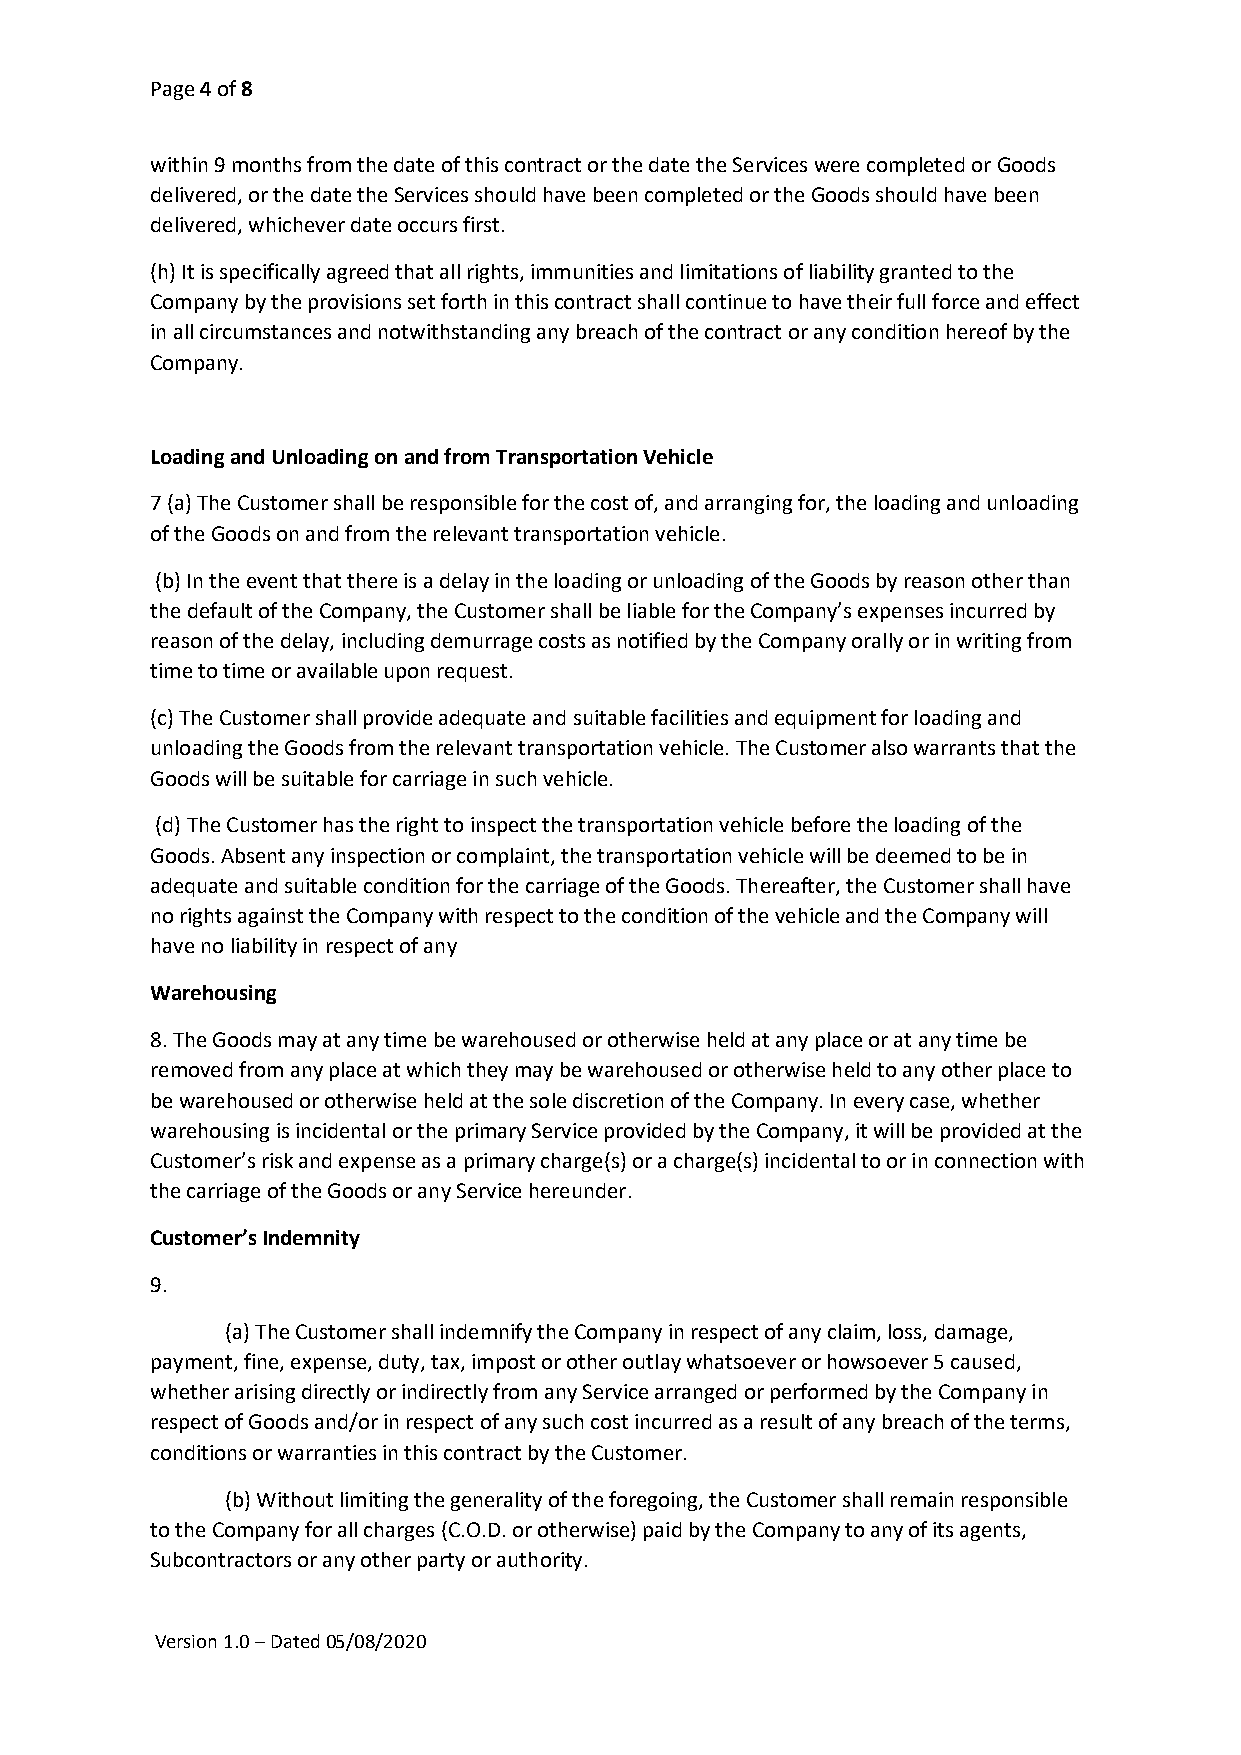
Page 4 of 8
 within 9 months from the date of this contract or the date the Services were completed or Goods
 delivered, or the date the Services should have been completed or the Goods should have been
 delivered, whichever date occurs first.
 (h) It is specifically agreed that all rights, immunities and limitations of liability granted to the
 Company by the provisions set forth in this contract shall continue to have their full force and effect
 in all circumstances and notwithstanding any breach of the contract or any condition hereof by the
 Company.
 Loading and Unloading on and from Transportation Vehicle
 7 (a) The Customer shall be responsible for the cost of, and arranging for, the loading and unloading
 of the Goods on and from the relevant transportation vehicle.
 (b) In the event that there is a delay in the loading or unloading of the Goods by reason other than
 the default of the Company, the Customer shall be liable for the Company’s expenses incurred by
 reason of the delay, including demurrage costs as notified by the Company orally or in writing from
 time to time or available upon request.
 (c) The Customer shall provide adequate and suitable facilities and equipment for loading and
 unloading the Goods from the relevant transportation vehicle. The Customer also warrants that the
 Goods will be suitable for carriage in such vehicle.
 (d) The Customer has the right to inspect the transportation vehicle before the loading of the
 Goods. Absent any inspection or complaint, the transportation vehicle will be deemed to be in
 adequate and suitable condition for the carriage of the Goods. Thereafter, the Customer shall have
 no rights against the Company with respect to the condition of the vehicle and the Company will
 have no liability in respect of any
 Warehousing
 8. The Goods may at any time be warehoused or otherwise held at any place or at any time be
 removed from any place at which they may be warehoused or otherwise held to any other place to
 be warehoused or otherwise held at the sole discretion of the Company. In every case, whether
 warehousing is incidental or the primary Service provided by the Company, it will be provided at the
 Customer’s risk and expense as a primary charge(s) or a charge(s) incidental to or in connection with
 the carriage of the Goods or any Service hereunder.
 Customer’s Indemnity
 9.
 (a) The Customer shall indemnify the Company in respect of any claim, loss, damage,
 payment, fine, expense, duty, tax, impost or other outlay whatsoever or howsoever 5 caused,
 whether arising directly or indirectly from any Service arranged or performed by the Company in
 respect of Goods and/or in respect of any such cost incurred as a result of any breach of the terms,
 conditions or warranties in this contract by the Customer.
 (b) Without limiting the generality of the foregoing, the Customer shall remain responsible
 to the Company for all charges (C.O.D. or otherwise) paid by the Company to any of its agents,
 Subcontractors or any other party or authority.
 Version 1.0 – Dated 05/08/2020